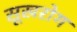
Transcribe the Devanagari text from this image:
सूखरोग